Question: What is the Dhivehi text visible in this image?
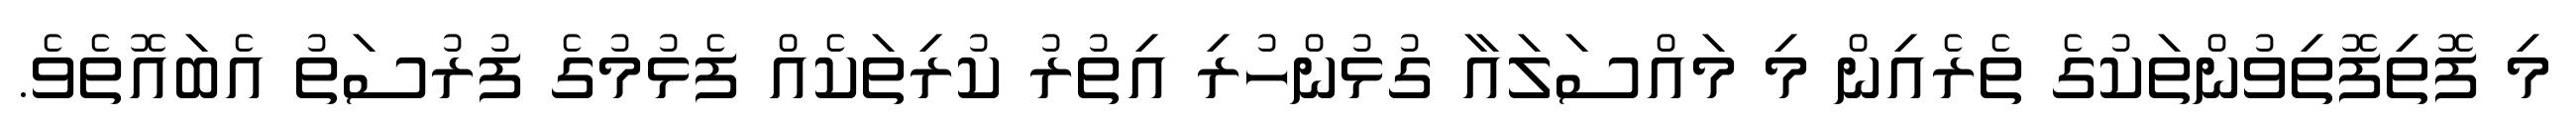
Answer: މި ފޮތިފޮތިވުންތަކުގެ ތެރެއިން މި މައްސަލައާ ގުޅުންހުރި އިތުރު ކުރިތަކެއް ފެޅުމުގެ ފުރުސަތު އެބައޮތެވެ.